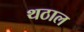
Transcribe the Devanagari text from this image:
थठाल